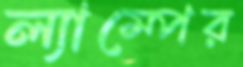
ল্যাম্পের